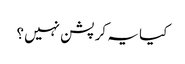
کیا یہ کرپشن نہیں؟